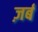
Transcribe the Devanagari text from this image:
ज़र्ब